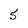
Character: 5